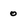
Character: o